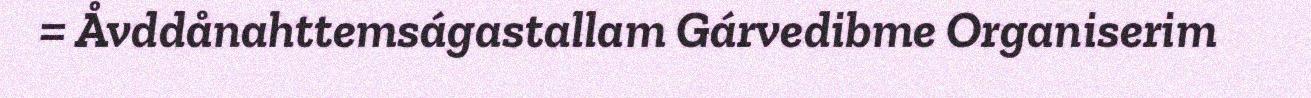
= Åvddånahttemságastallam Gárvedibme Organiserim